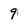
Character: 9